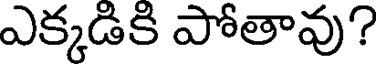
ఎక్కడికి పోతావు?